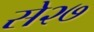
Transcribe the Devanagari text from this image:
से२७